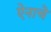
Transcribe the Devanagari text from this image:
ऐनाचे